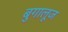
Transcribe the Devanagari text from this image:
बुगालूज